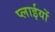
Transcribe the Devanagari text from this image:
प्लाईयों